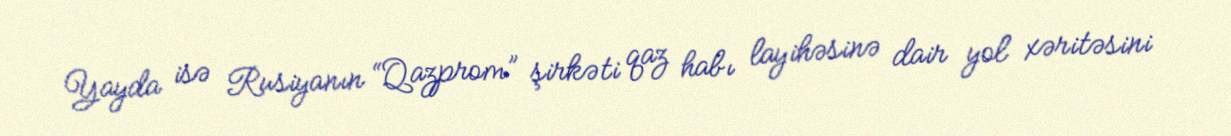
Yayda isə Rusiyanın “Qazprom” şirkəti qaz habı layihəsinə dair yol xəritəsini